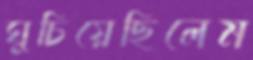
ঘুচিয়েছিলেম